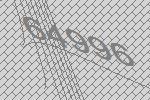
64996